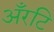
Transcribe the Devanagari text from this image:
अँरटि